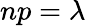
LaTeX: np=\lambda